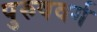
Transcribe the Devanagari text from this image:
पुरुषवर्ग